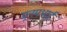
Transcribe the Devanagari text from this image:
पूनमभाई